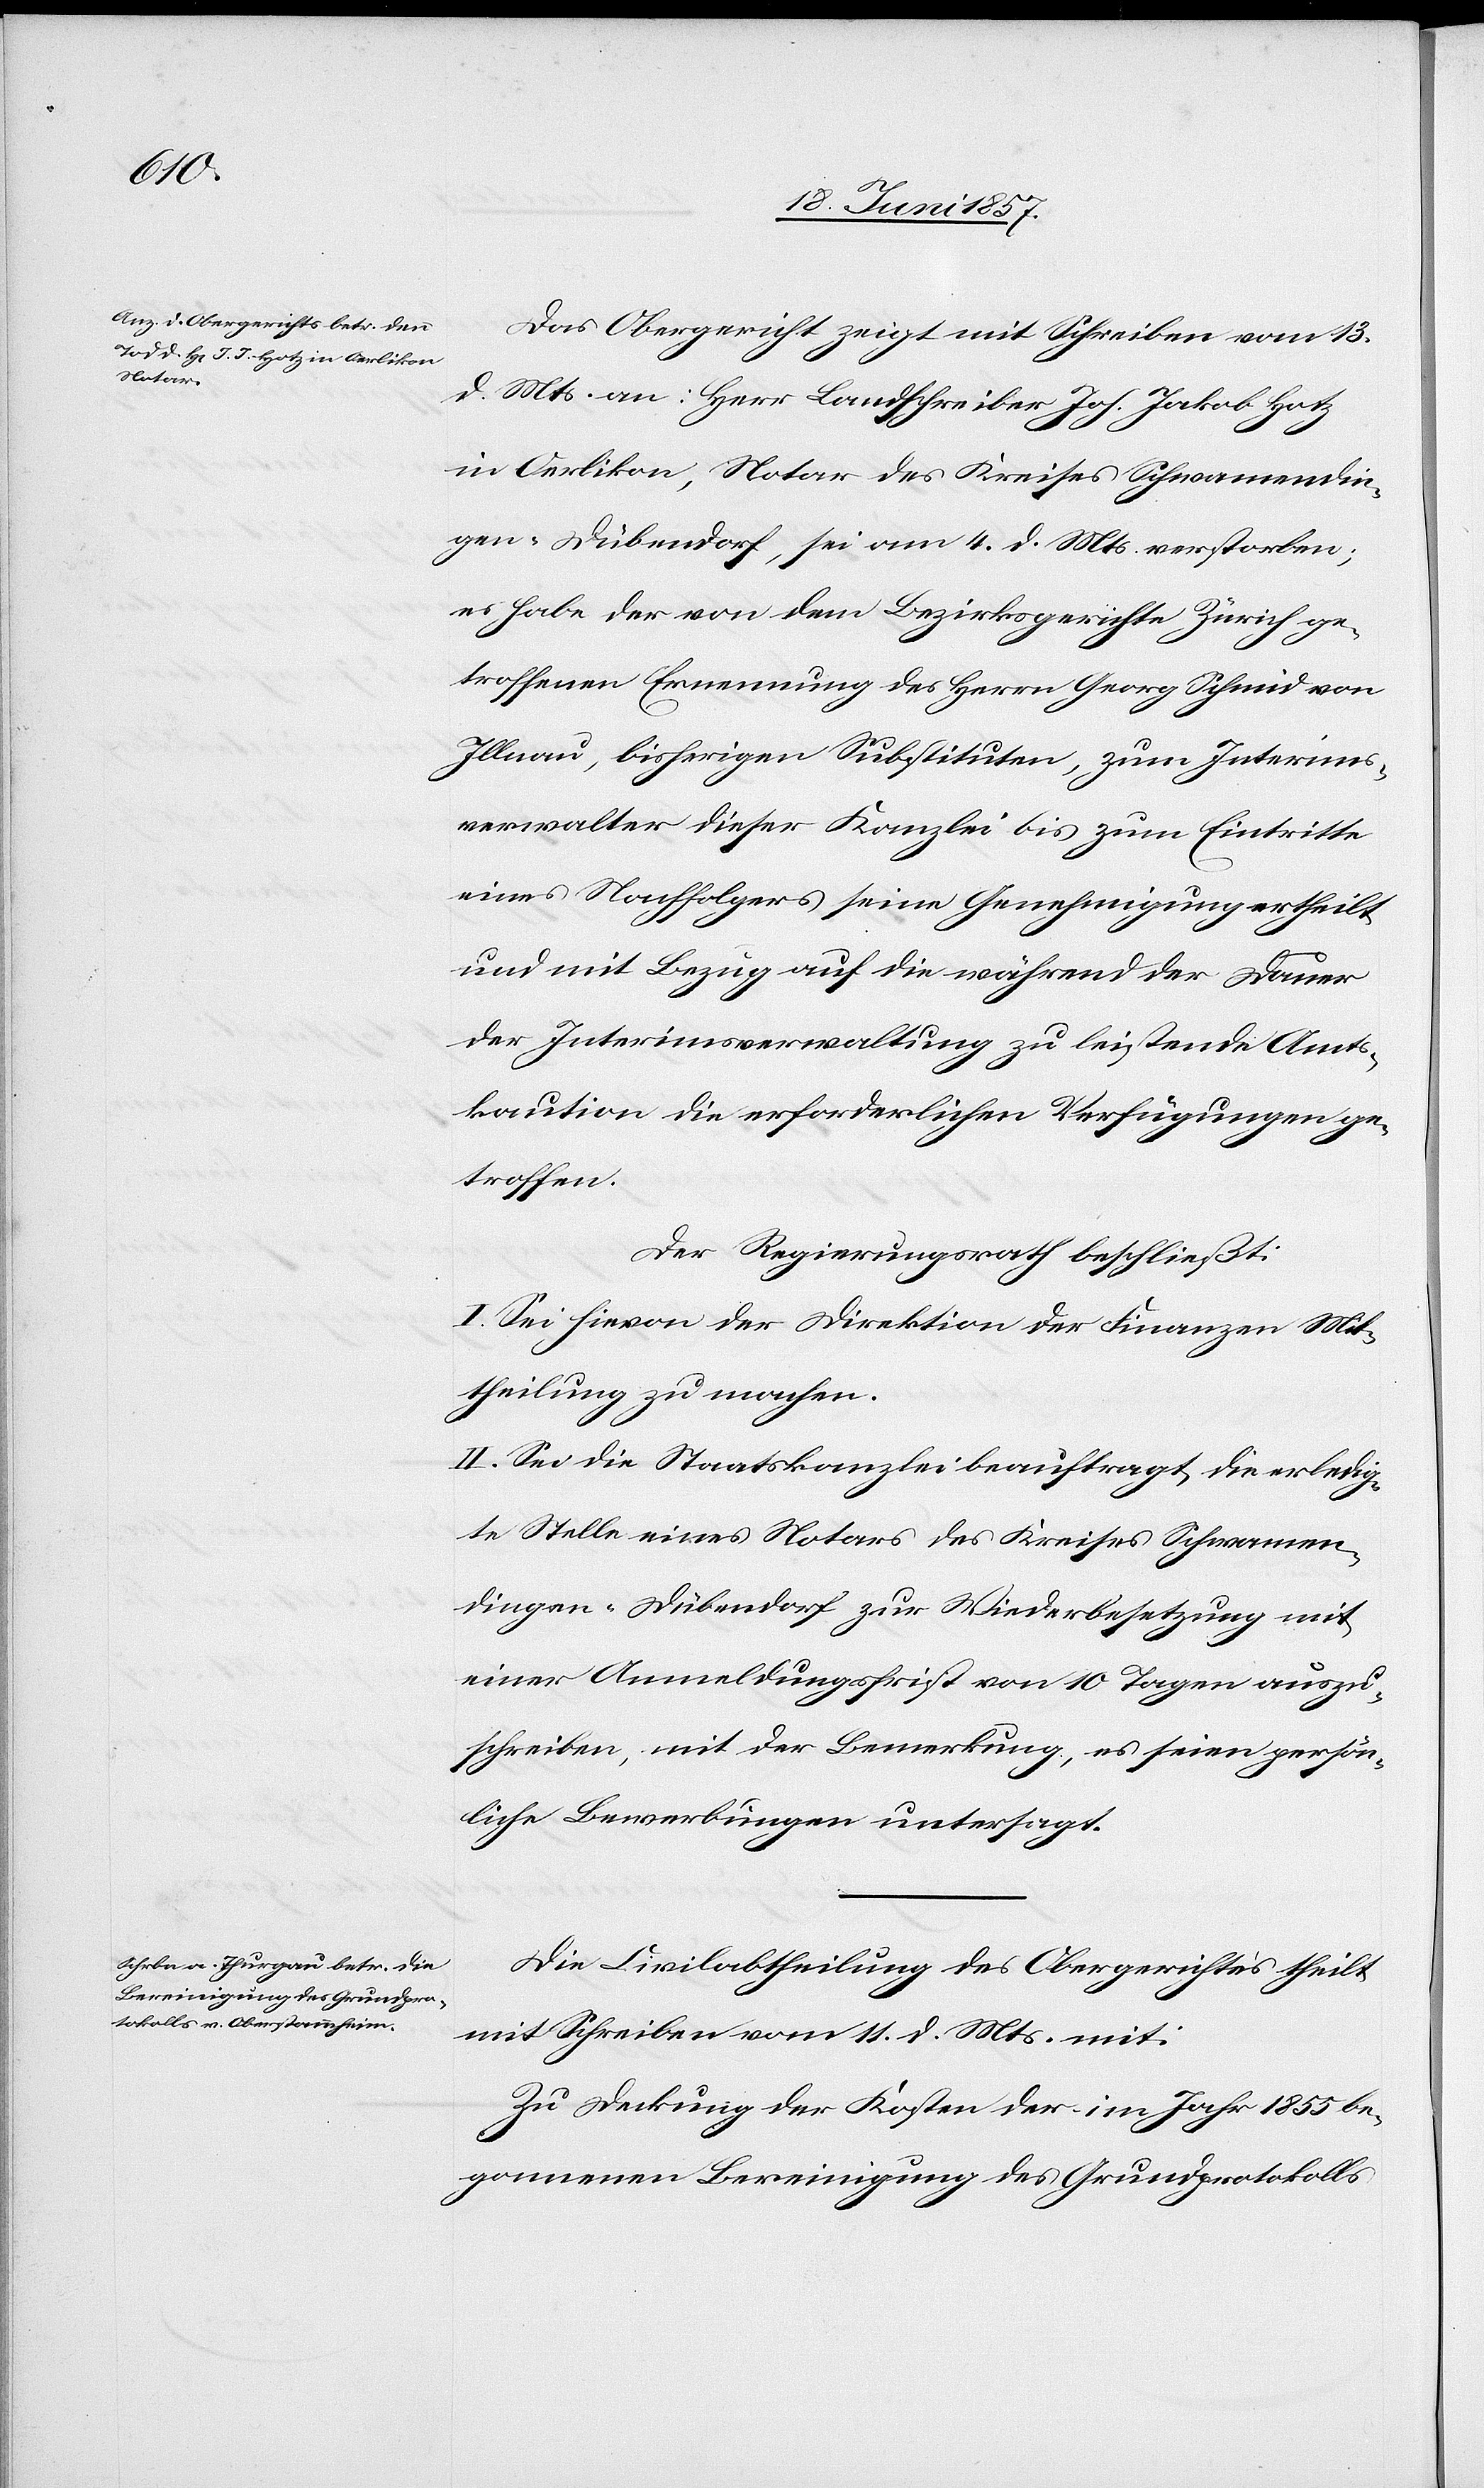
Das Obergericht zeigt mit Schreiben vom 13
d. Mts. an: Herr Landschreiber Joh. Jakob Hotz
in Oerlikon, Notar des Kreises Schwamendin¬
gen-Dübendorf, sei am 4 d. Mts. verstorben;
er habe der von dem Bezirksgerichte Zürich ge¬
troffenen Ernennung des Herrn Georg Schmid von
Illnau, bisherigen Substituten, zum Interims¬
verwalter dieser Kanzlei bis zum Eintritte
eines Nachfolgers seine Genehmigung ertheilt
und mit Bezug auf die während der Dauer
der Interimsverwaltung zu leistende Amts¬
kaution die erforderlichen Verfügungen ge¬
troffen.
Der Regierungsrath beschließt:
I. Sei hievon der Direktion der Finanzen Mit¬
theilung zu machen.
II. Sei die Staatskanzlei beauftragt, die erledig¬
te Stelle eines Notars des Kreises Schwamen¬
dingen-Dübendorf zur Wiederbesetzung mit
einer Anmeldungsfrist von 10 Tagen auszu¬
schreiben, mit der Bemerkung, es seien persön¬
liche Bewerbungen untersagt.
Die Civilabtheilung des Obergerichtes theilt
mit Schreiben vom 11 d. Mts. mit:
Zu Deckung der Kosten der im Jahr 1855 be¬
gonnenen Bereinigung des Grundprotokolls